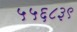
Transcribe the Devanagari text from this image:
५५६८३९